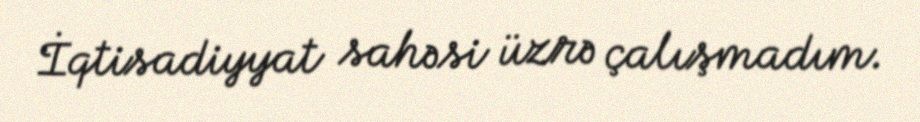
İqtisadiyyat sahəsi üzrə çalışmadım.